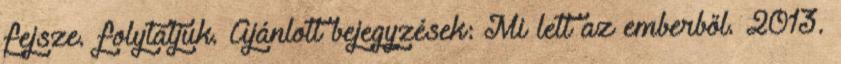
fejsze. folytatjuk. Ajánlott bejegyzések: Mi lett az emberből. 2013.